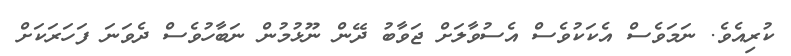
ކުރިއެވެ. ނަމަވެސް އެކަކުވެސް އެސުވާލަށް ޖަވާބު ދޭން ނޫޅުމުން ނަބާހުވެސް ދެވަނަ ފަހަރަކަށް